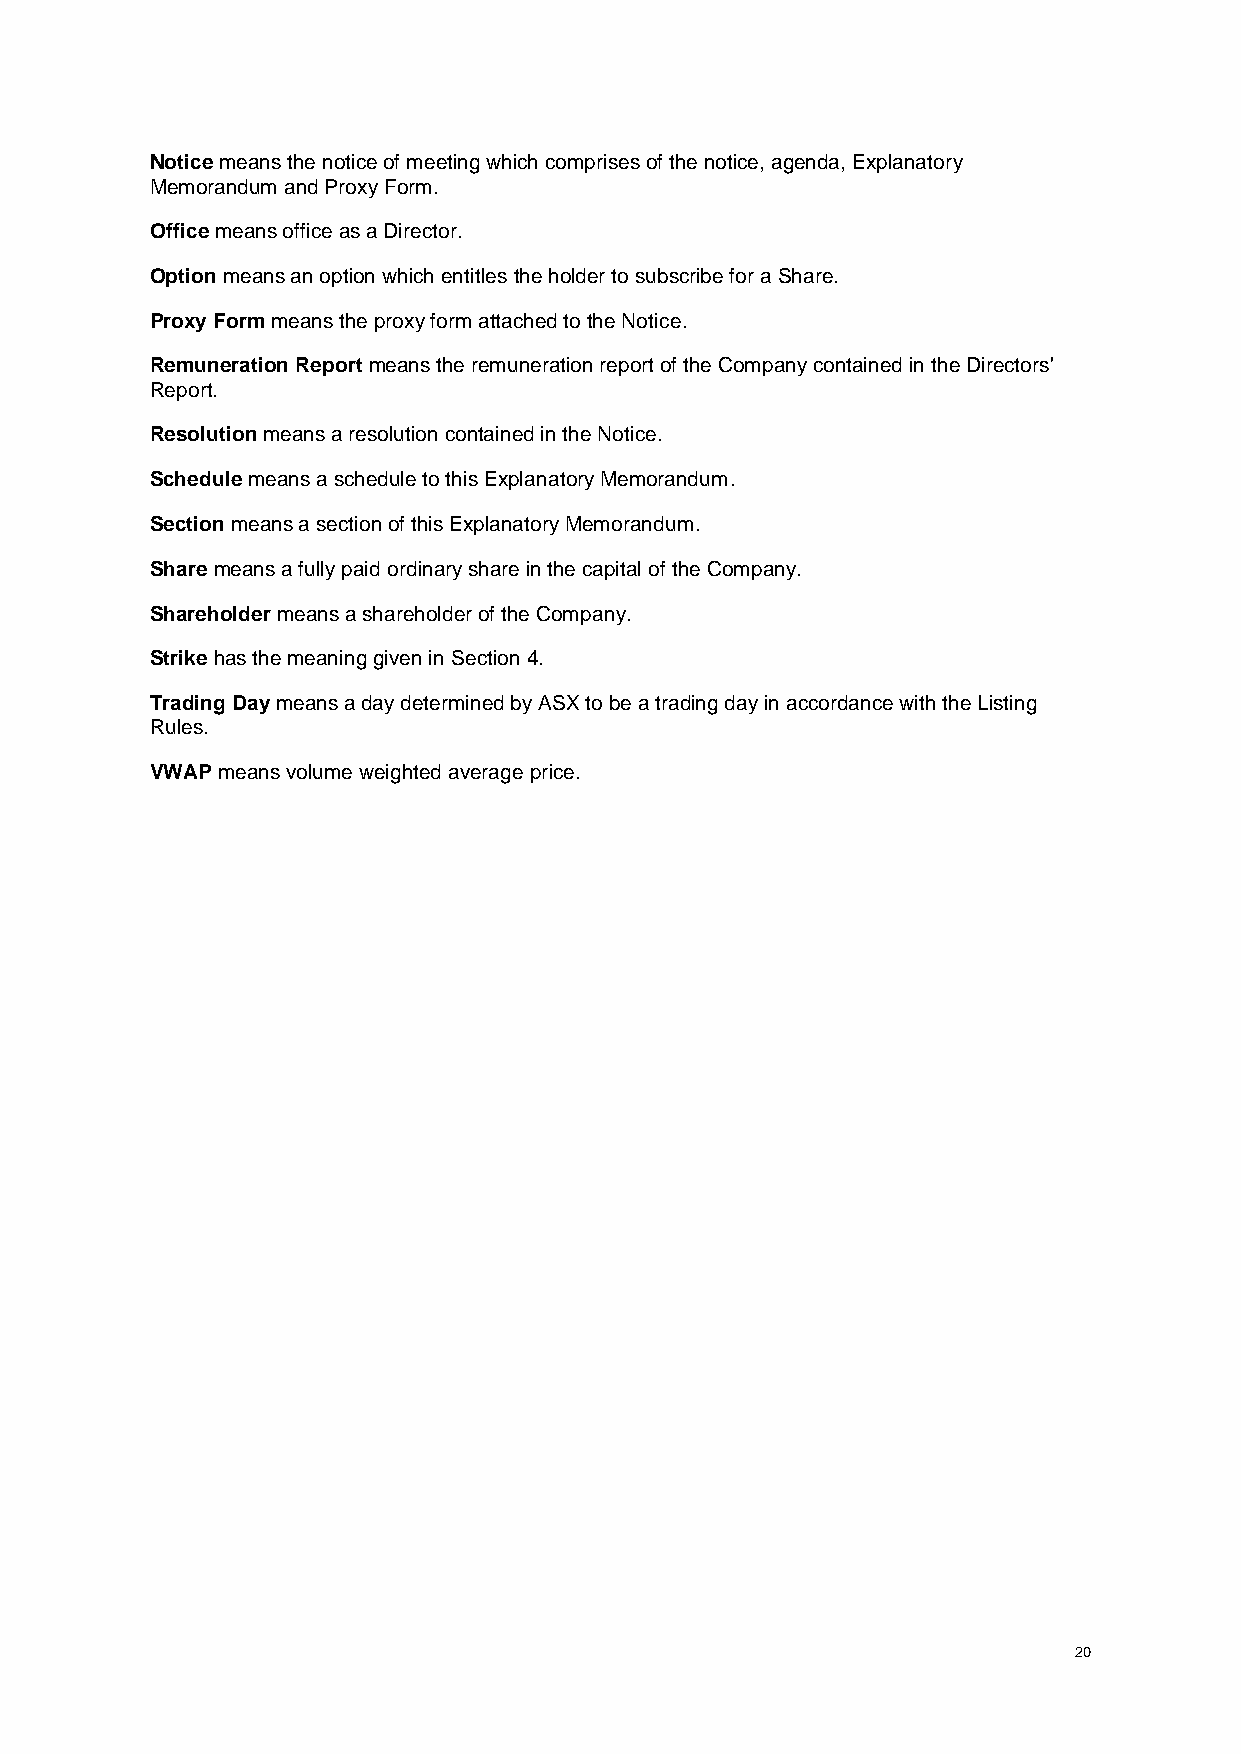
Notice means the notice of meeting which comprises of the notice, agenda, Explanatory
 Memorandum and Proxy Form.
 Office means office as a Director.
 Option means an option which entitles the holder to subscribe for a Share.
 Proxy Form means the proxy form attached to the Notice.
 Remuneration Report means the remuneration report of the Company contained in the Directors'
 Report.
 Resolution means a resolution contained in the Notice.
 Schedule means a schedule to this Explanatory Memorandum.
 Section means a section of this Explanatory Memorandum.
 Share means a fully paid ordinary share in the capital of the Company.
 Shareholder means a shareholder of the Company.
 Strike has the meaning given in Section 4.
 Trading Day means a day determined by ASX to be a trading day in accordance with the Listing
 Rules.
 VWAP means volume weighted average price.
 20